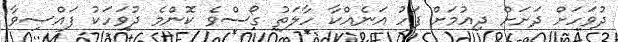
ދުވަހަށް ދަށަށް ދިއުމަށް ފަހު އަނެއްކާ ހާލަތު ގޯސްވެ ކޮންމެ ދުވަހަކު ފައްސިވާ